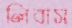
লিবাস